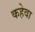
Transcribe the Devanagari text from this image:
कहेवा